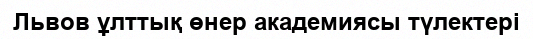
Львов ұлттық өнер академиясы түлектері